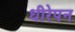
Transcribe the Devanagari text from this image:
धीरेपन